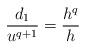
LaTeX: \begin{align*}\frac{d_1}{u^{q+1}} = \frac{h^q}{h}\end{align*}